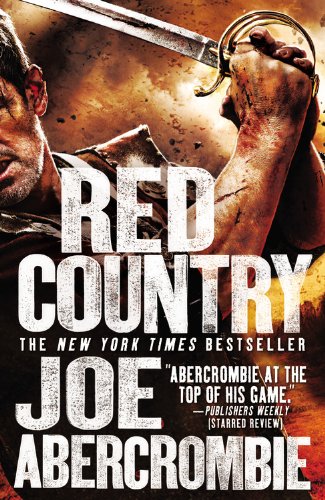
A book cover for Red Country (First Law World); Joe Abercrombie; Literature & Fiction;